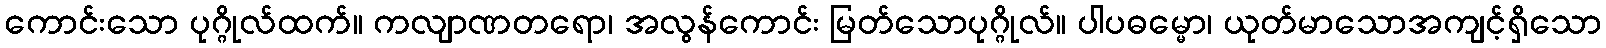
ကောင်းသော ပုဂ္ဂိုလ်ထက်။ ကလျာဏတရော၊ အလွန်ကောင်း မြတ်သောပုဂ္ဂိုလ်။ ပါပဓမ္မော၊ ယုတ်မာသောအကျင့်ရှိသော